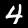
Digit: 4